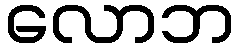
လောဘ